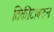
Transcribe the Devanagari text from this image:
तिकीटावरुन